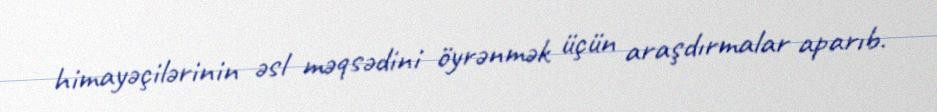
himayəçilərinin əsl məqsədini öyrənmək üçün araşdırmalar aparıb.